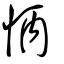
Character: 怲